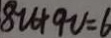
8 u + 9 v = 6